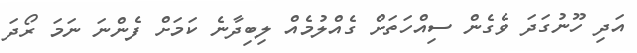
އަދި ހޫނުގަދަ ވެގެން ސިއްހަތަށް ގެއްލުމެއް ލިބިދާނެ ކަމަށް ފެންނަ ނަމަ ރޯދަ